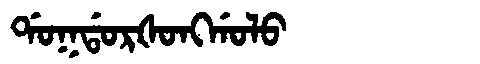
Manchu: ᡩᠣᡴᡩᠣᡵᡧᠣᠩᡤᠣᠯᠣ
Romanization: DOKDORŠONGGOLO